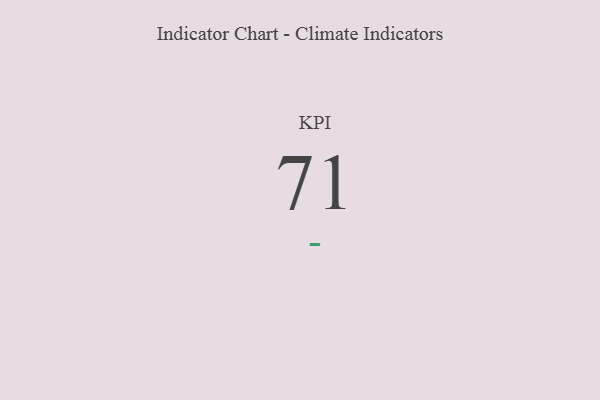
{"axis": {"x": "KPI", "y": "Value"}, "legend": [""], "data": [{"x": "KPI", "y": 71, "type": ""}]}